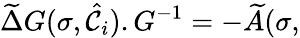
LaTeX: \widetilde{\Delta}G(\sigma,{\hat{\cal{C}}}_{i}).G^{-1}=-\widetilde{A}(\sigma,